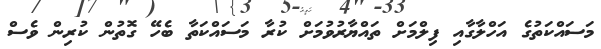
މަސައްކަތުގެ އަހްލާގާއި ފިލްމަށް ތައްޔާރުވުމަށް ކުރާ މަސައްކަތާ ބެހޭ ގޮތުން ކުރިން ވެސް